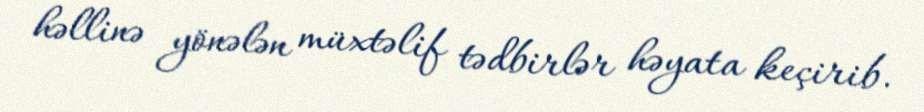
həllinə yönələn müxtəlif tədbirlər həyata keçirib.